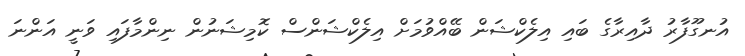
އުނގޫފާރު ދާއިރާގެ ބައި އިލެކްޝަން ބޭއްވުމަށް އިލެކްޝަންސް ކޮމިޝަނުން ނިންމާފައި ވަނީ އަންނަ